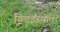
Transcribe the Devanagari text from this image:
ग्रिडइस्पात